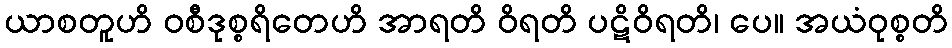
ယာစတူဟိ ဝစီဒုစ္စရိတေဟိ အာရတိ ဝိရတိ ပဋိဝိရတိ၊ ပေ။ အယံဝုစ္စတိ